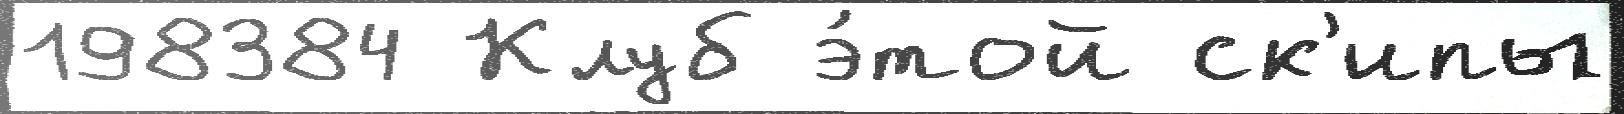
198384 Клуб э́той ск'ипы